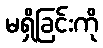
မရှိခြင်းကို